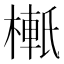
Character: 𬄉